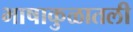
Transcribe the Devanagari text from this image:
भाषाकुळातली